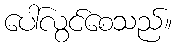
ပေါ်လွင်စေသည်။